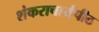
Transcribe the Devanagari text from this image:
शंकराचार्यपीठ